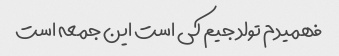
فهمیدم تولد جیم کی است این جمعه است